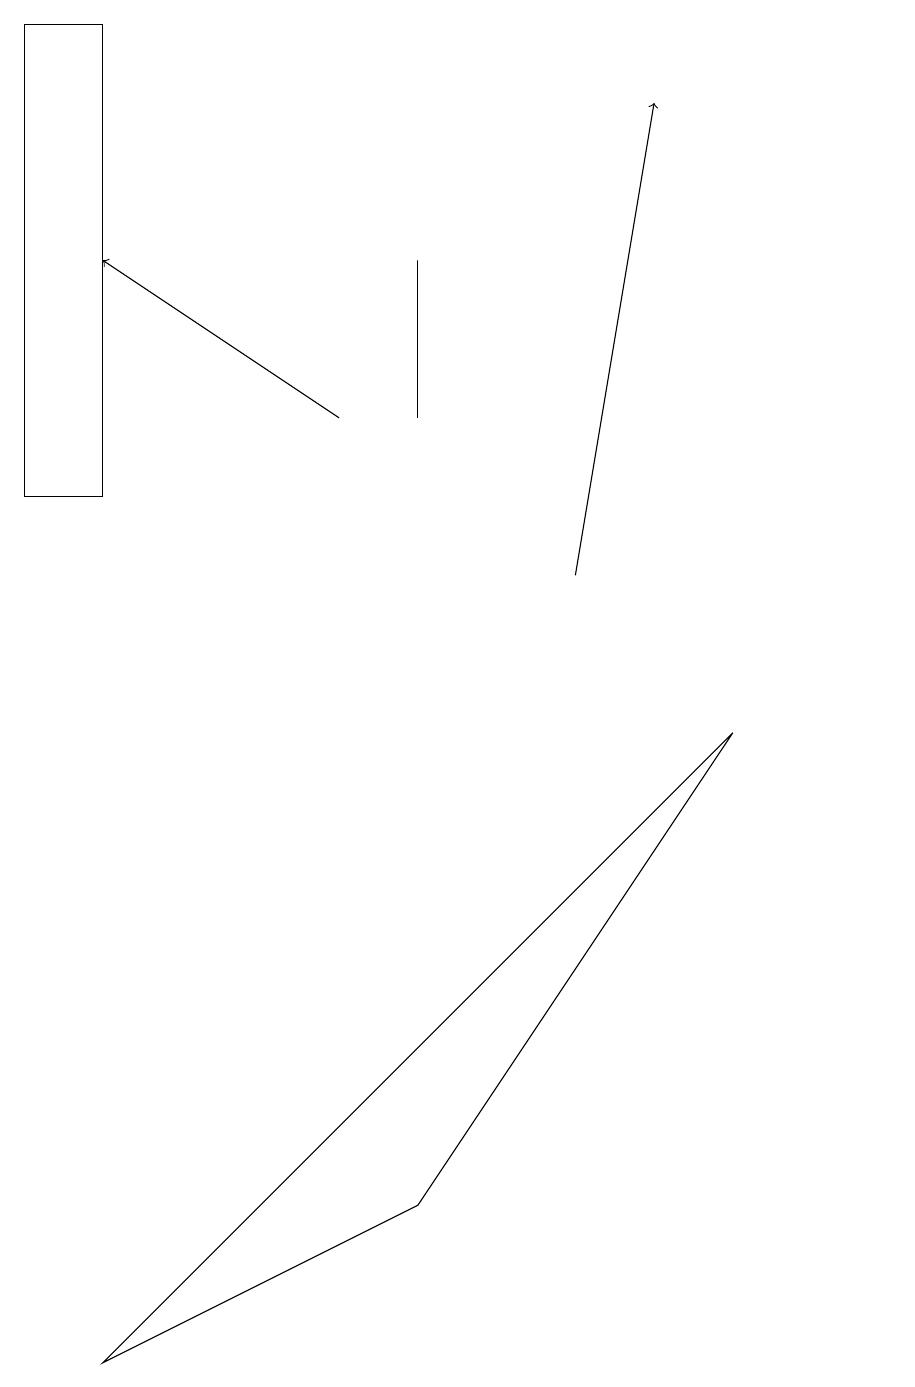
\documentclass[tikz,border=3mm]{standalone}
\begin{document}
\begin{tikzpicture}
\draw (0,11) rectangle (1,17);
\draw (11,10) circle (0);
\draw[->] (4,12) -- (1,14);
\draw (9,8) -- (5,2) -- (1,0) -- cycle;
\draw (5,14) rectangle (5,12);
\draw[->] (7,10) -- (8,16);
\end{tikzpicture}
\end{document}